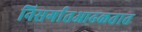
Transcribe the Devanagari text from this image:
निसर्गातआढळतात